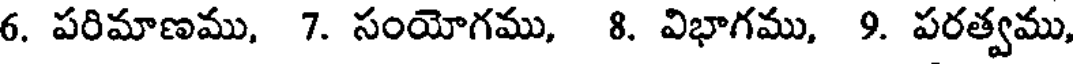
6. పరిమాణము, 7. సంయోగము, 8. విభాగము, 9. పరత్వము,